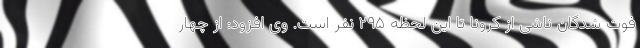
فوت شدگان ناشی از کرونا تا این لحظه ۲۹۵ نفر است. وی افزود: از چهار